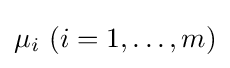
\mu _{i}\ (i=1,\ldots ,m)